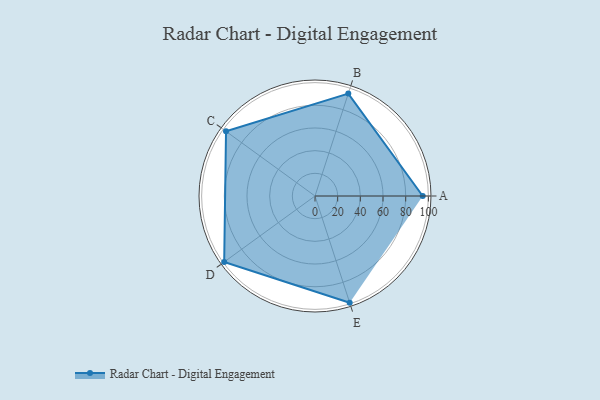
{"axis": {"x": "Skill", "y": "Score"}, "legend": ["Profile"], "data": [{"x": "A", "y": 95.0, "type": "Profile"}, {"x": "B", "y": 95.0, "type": "Profile"}, {"x": "C", "y": 97.0, "type": "Profile"}, {"x": "D", "y": 99, "type": "Profile"}, {"x": "E", "y": 99, "type": "Profile"}]}